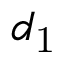
d _ { \mathrm { 1 } }